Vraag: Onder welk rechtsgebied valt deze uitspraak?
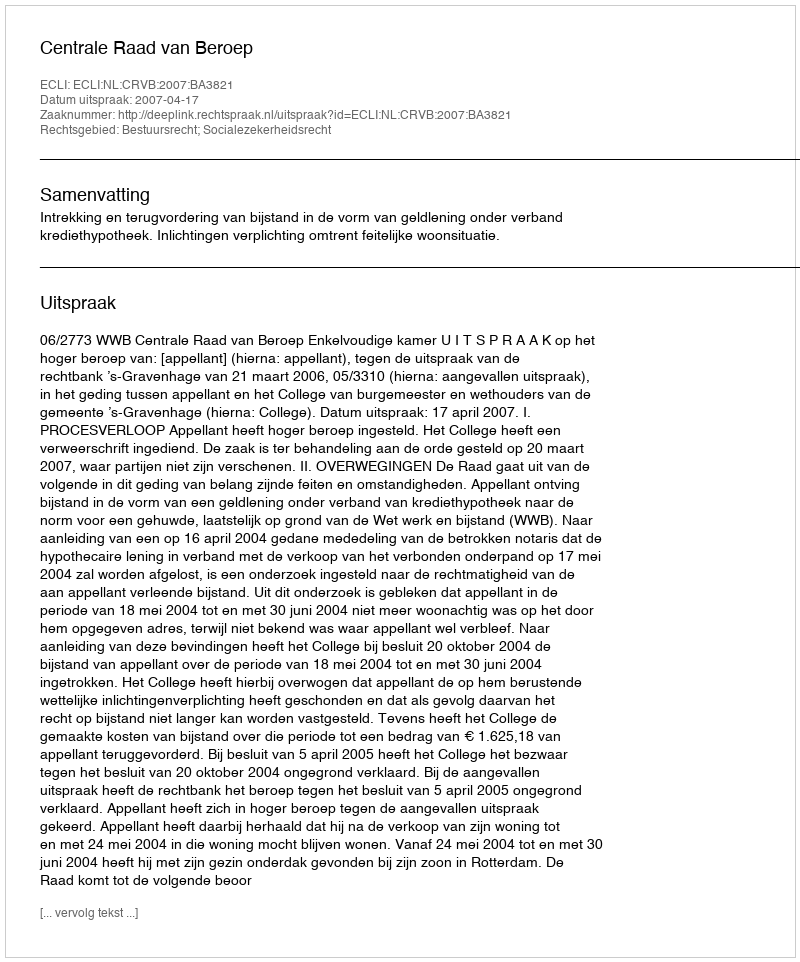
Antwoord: Bestuursrecht; Socialezekerheidsrecht